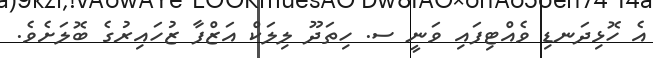
އެ ހޮޅިދަނޑި ވެއްޓިފައި ވަނީ ސ. ހިތަދޫ ލިލަކް އަޒްފާ ޒުހައިރުގެ ބޮލަށެވެ.